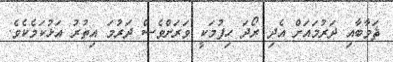
ޘަވާބާއި ދަރުމައަށް އެދި ރޯދަ ހިފުމަކީ ވަރަށްވެސް ދަރުމަ އިތުރު އަޅުކަމެކެވެ.